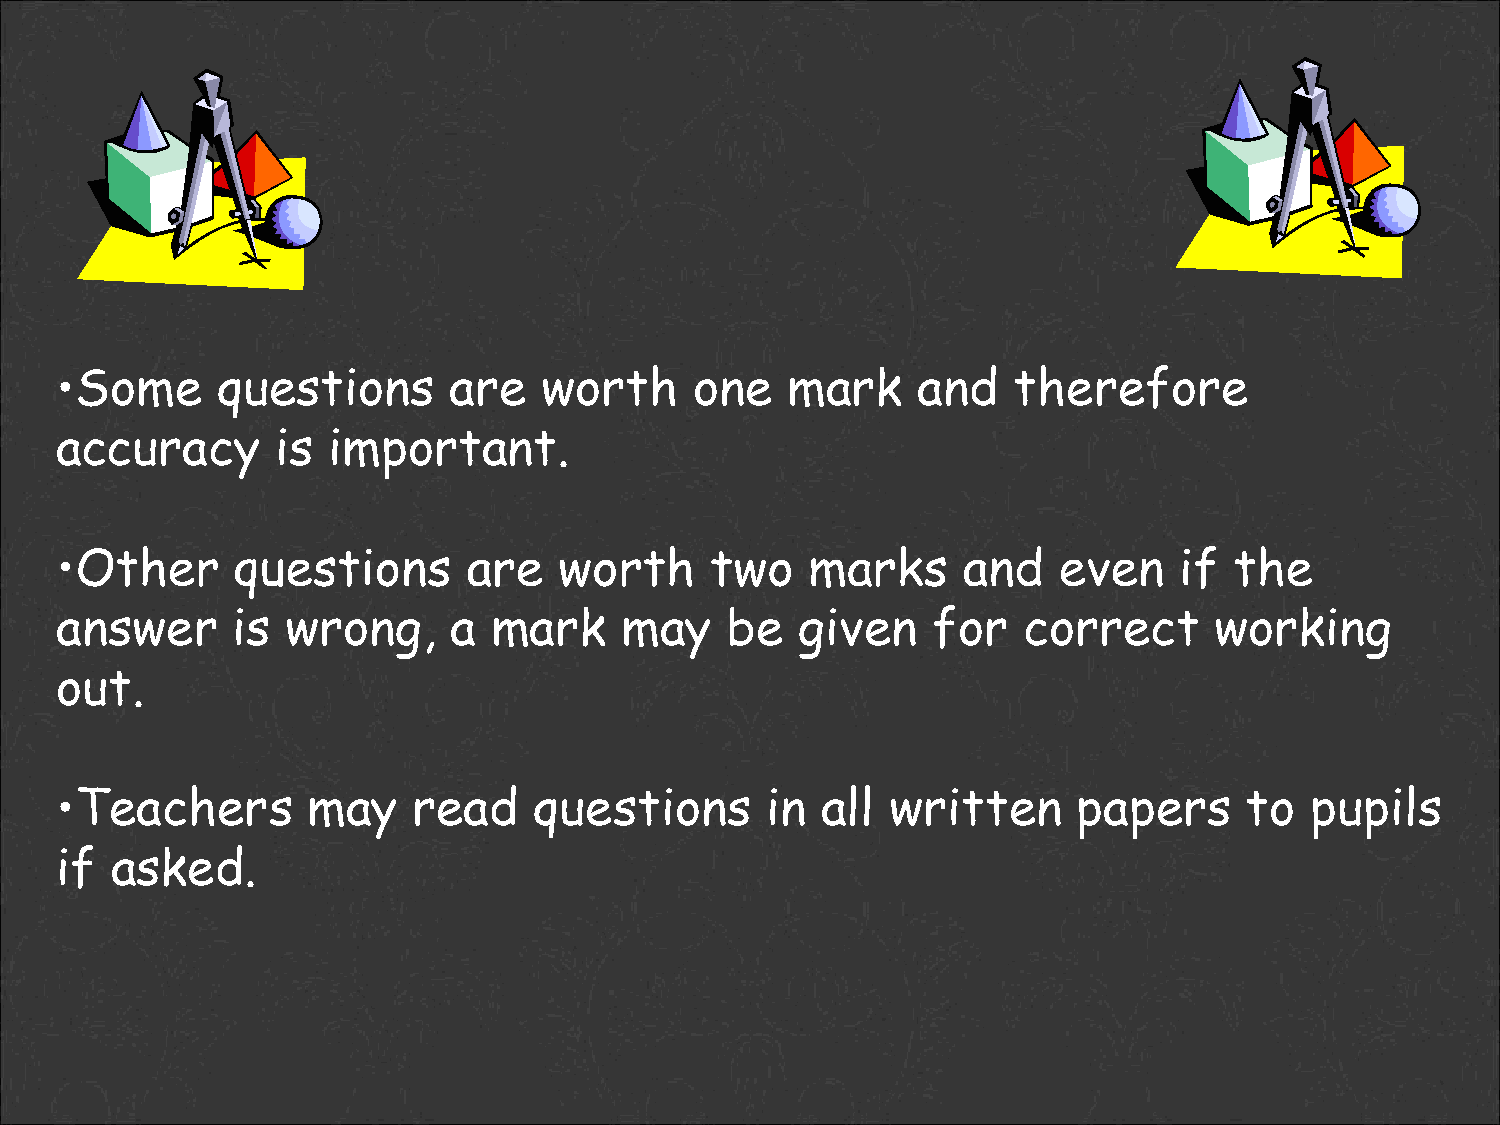
•Some     questions       are   worth     one   mark     and   therefore
 accuracy      is  important.
 •Other     questions       are   worth     two    marks     and   even    if  the
 answer     is  wrong,     a  mark    may    be   given    for   correct     working
 out.
 •Teachers       may    read    questions       in all  written     papers      to  pupils
 if asked.